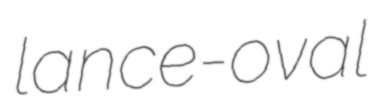
lance-oval